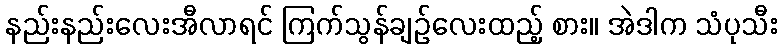
နည်းနည်းလေးအီလာရင် ကြက်သွန်ချဉ်လေးထည့် စား။ အဲဒါက သံပုသီး